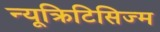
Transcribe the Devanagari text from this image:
न्यूक्रिटिसिज्म